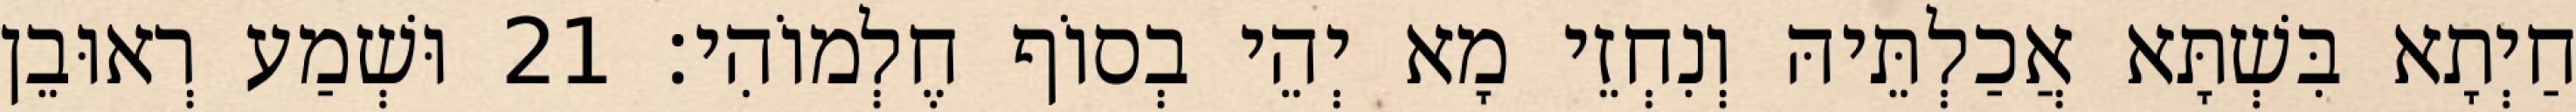
חַיְתָא בִּשְׁתָּא אֲכַלְתֵּיהּ וְנִחְזֵי מָא יְהֵי בְסוֹף חֶלְמוֹהִי׃ 21 וּשְׁמַע רְאוּבֵן